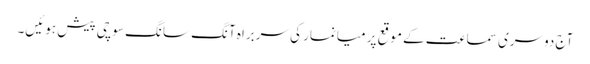
آج دوسری سماعت کے موقع پر میانمار کی سربراہ آنگ سانگ سوچی پیش ہوئیں۔